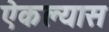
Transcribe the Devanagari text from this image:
ऐकल्यास